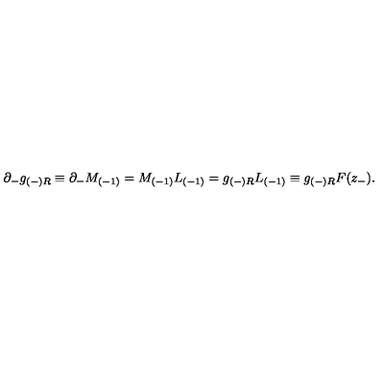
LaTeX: \partial _ { - } g _ { ( - ) R } \equiv \partial _ { - } M _ { ( - 1 ) } = M _ { ( - 1 ) } L _ { ( - 1 ) } = g _ { ( - ) R } L _ { ( - 1 ) } \equiv g _ { ( - ) R } { F } ( z _ { - } ) .